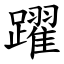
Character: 躍